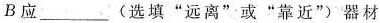
B应___(选填”远离”或”靠近”)器材